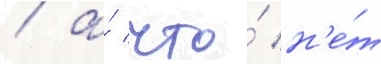
/ а́ что́ н'е́т